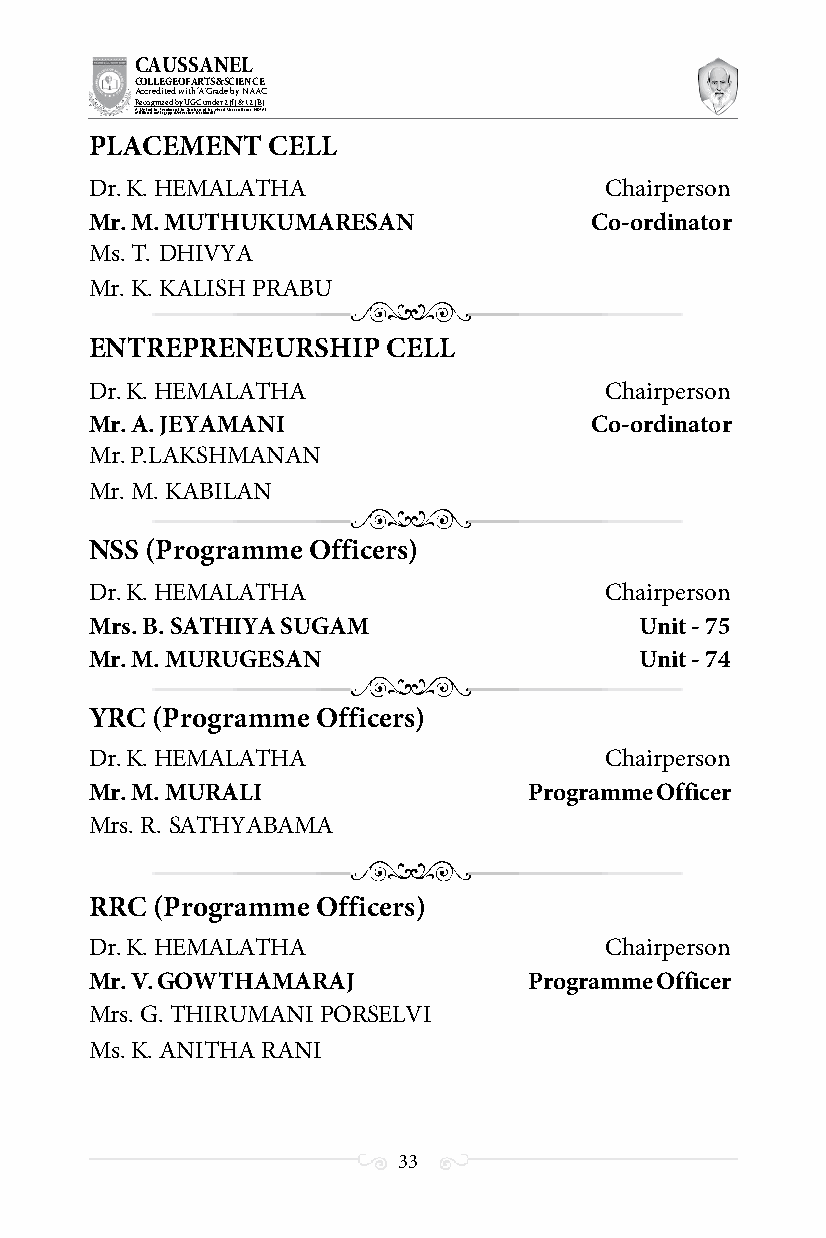
CAUSSANEL
 COLLEGE OF ARTS & SCIENCE
 Accredited with ‘A’ Grade by NAAC
 Recognized by UGC under 2 (f) & 12 (B)
 ((AA fUfilniaitt eodf ttoh eA Ilnasgtaitpuptae oUfn tihvee rBsirtoy,t hKerasr aoifk uthdei )S acred Heart of Jesus, INDIA)
 PLACEMENT   CELL
 Dr. K. HEMALATHA                  Chairperson
 Mr. M. MUTHUKUMARESAN            Co-ordinator
 Ms. T. DHIVYA
 Mr. K. KALISH PRABU
 ENTREPRENEURSHIP    CELL
 Dr. K. HEMALATHA                  Chairperson
 Mr. A. JEYAMANI                  Co-ordinator
 Mr. P. LAKSHMANAN
 Mr. M. KABILAN
 NSS (Programme Officers)
 Dr. K. HEMALATHA                  Chairperson
 Mrs. B. SATHIYA SUGAM               Unit - 75
 Mr. M. MURUGESAN                    Unit - 74
 YRC (Programme Officers)
 Dr. K. HEMALATHA                  Chairperson
 Mr. M. MURALI                Programme Officer
 Mrs. R. SATHYABAMA
 RRC (Programme Officers)
 Dr. K. HEMALATHA                  Chairperson
 Mr. V. GOWTHAMARAJ           Programme Officer
 Mrs. G. THIRUMANI PORSELVI
 Ms. K. ANITHA RANI
 33